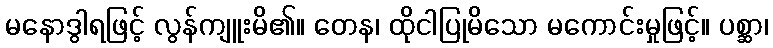
မနောဒွါရဖြင့် လွန်ကျူးမိ၏။ တေန၊ ထိုငါပြုမိသော မကောင်းမှုဖြင့်။ ပစ္ဆာ၊